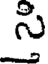
సి